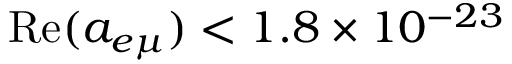
\mathrm { R e } ( a _ { e \mu } ) < 1 . 8 \times 1 0 ^ { - 2 3 }